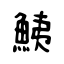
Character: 鮧